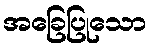
အခြေပြုသော